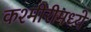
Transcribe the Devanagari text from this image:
कश्मीरीमध्ये